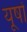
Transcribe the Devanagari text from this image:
यूषों